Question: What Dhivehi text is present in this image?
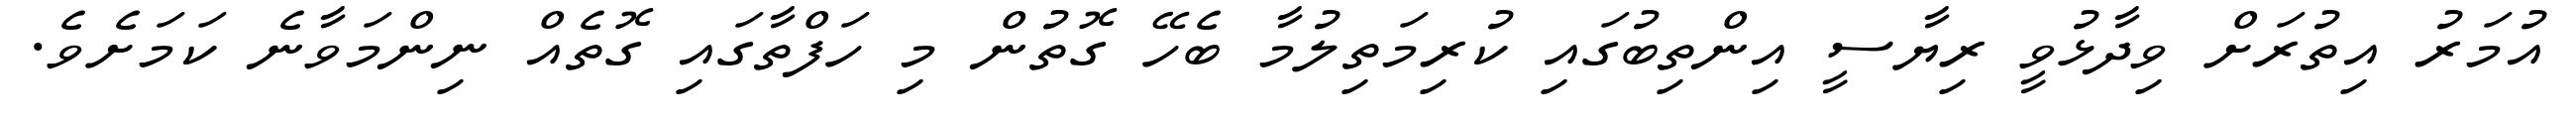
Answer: އުމަރު އިތުރަށް ވިދާޅުވީ ރިޔާސީ އިންތިބުގައި ކުރިމަތިލުމާ ބެހޭ ގޮތުން މި ހަފްތާގައި ގޮތެއް ނިންމަވާނެ ކަމަށެވެ.